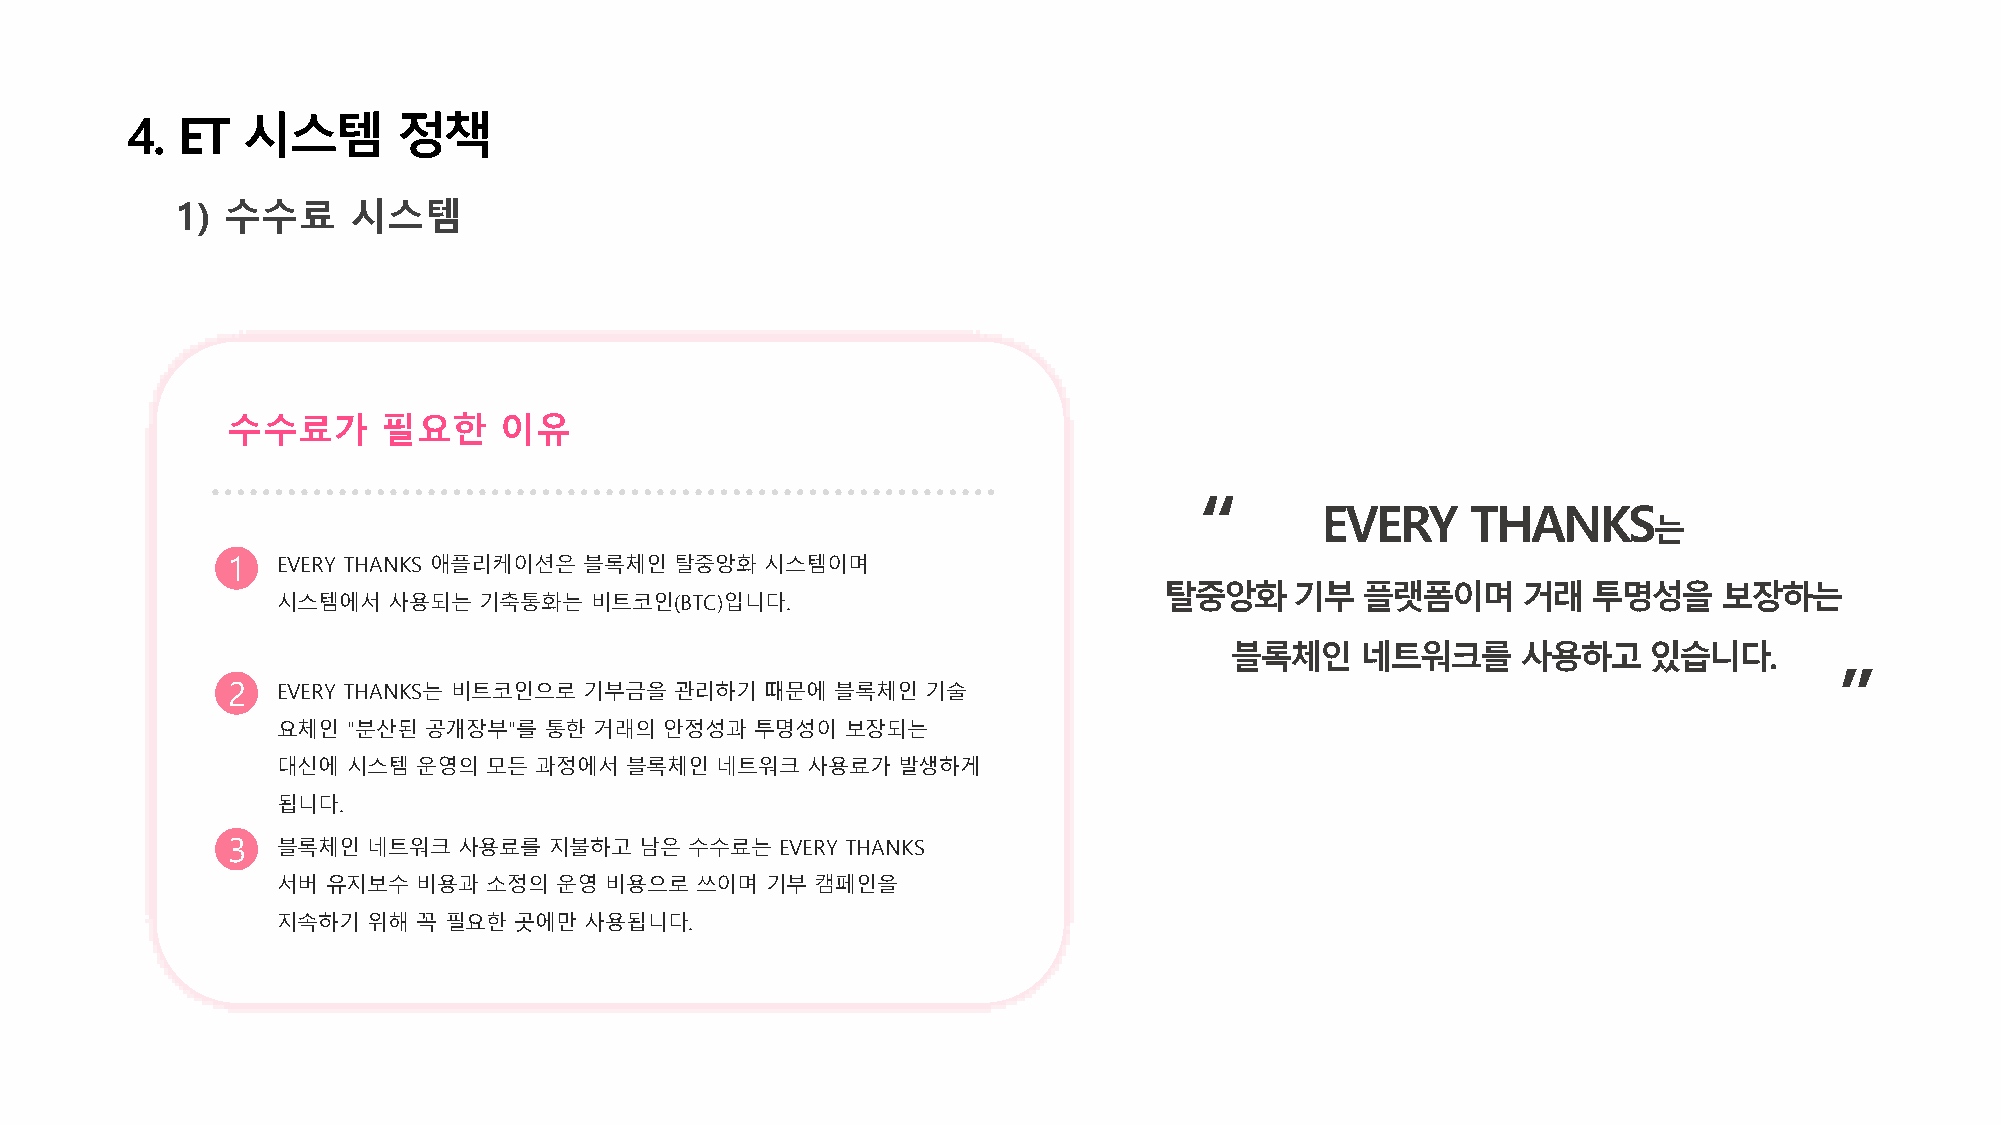
4.  ET  시스템       정책
 1) 수수료     시스템
 수수료가      필요한     이유
 “
 EVERY     THANKS
 는
 1  EVERY THANKS 애플리케이션은 블록체인  탈중앙화  시스템이며
 탈중앙화기부플랫폼이며             거래투명성을       보장하는
 시스템에서   사용되는  기축통화는  비트코인(BTC)입니다.
 블록체인네트워크를           사용하고있습니다.
 ”
 2  EVERY THANKS는 비트코인으로 기부금을  관리하기  때문에 블록체인  기술
 요체인  "분산된 공개장부"를  통한 거래의  안정성과  투명성이  보장되는
 대신에  시스템  운영의 모든 과정에서  블록체인  네트워크  사용료가  발생하게
 됩니다.
 3  블록체인  네트워크  사용료를  지불하고  남은  수수료는  EVERY THANKS
 서버  유지보수  비용과 소정의  운영 비용으로  쓰이며  기부 캠페인을
 지속하기  위해  꼭 필요한 곳에만  사용됩니다.